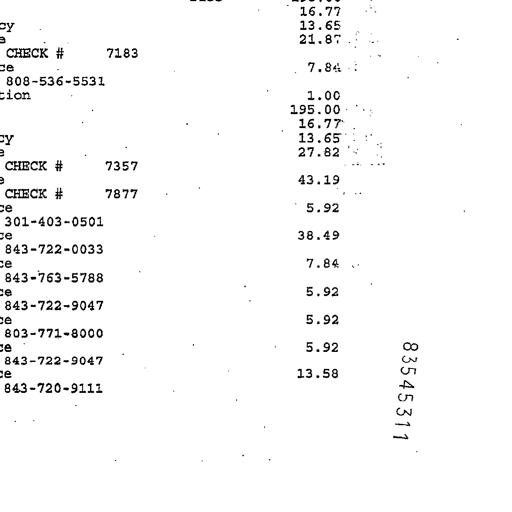
16.77
13.65
21.87
CHECK # 7183
808-536-5531
7.84
1.00
195.00
16.77
13.65
27.82
CHECK # 7357
43.19
CHECK # 7877
301-403-0501
5.92
843-722-0033
38.49
843-763-5788
7.84
843-722-9047
5.92
803-771-8000
5.92
843-722-9047
5.92
843-720-9111
13.58
83545311